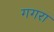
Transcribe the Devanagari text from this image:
गगरा